Lunatic asylums Central Provinces reports 1910-1926 - 1910-1926
Year: 1910
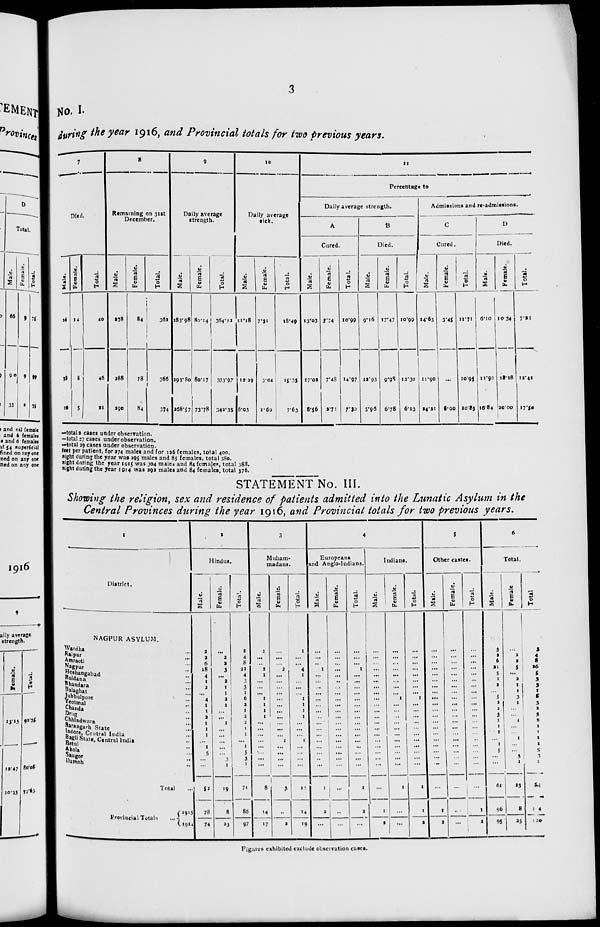
3
No. I.
during the year 1916, and Provincial totals for two previous years.
7
Died.
Male.
26
38
16
Female.
14
8
5
Total.
40
46
21
8
Remaining on 31st
December.
Male.
278
288
290
Female.
84
78
84
Total.
362
366
374
9
Daily average
strength.
Male.
283.98
293.80
268.57
Female.
80.14
80.17
73.78
Total.
364.12
373.97
342.35
10
Daily average
sick.
Male.
11.18
12.29
6.03
Female.
7.31
3.04
1.60
Total.
18.49
15.35
7.63
11
Percentage to
Daily average strength.
A
Cured.
Male.
13.03
17.03
8.56
Female.
3.74
7.48
2.71
Total.
10.99
14.97
7.30
B
Died.
Male.
9.16
12.93
5.96
Female.
17.47
9.98
6.78
Total.
10.99
12.30
6.13
Admissions and re-admissions.
C
Cured.
Male.
14.63
11.90
24.21
Female.
3.45
...
8.00
Total.
11.71
10.95
20.83
D
Died.
Male.
6.10
11.90
16.84
Female.
10.34
18.18
20.00
Total.
7.21
12.41
17.50
—totals cases under obseveration.
—total 27 cases under observation.
—total 29 cases under observation.
feet per patient, for 274 males and for 126 females, total 400.
night during the year was 295 males and 85 females, total 380.
sight daring the year 1915 was 304 males and 84 females, total 388.
night during the year 1914 was 292 males and 84 females, total 376.
STATEMENT No. III.
Showing the religion, sex and residence of patients admitted into the Lunatic Asylum in the
Central Provinces during the year 1916, and Provincial totals for two previous years.
1
District.
NAGPUR ASYLUM.
Wardha ...
Raipur ...
Amraoti ...
Nagpur ...
Hoshangabad ...
Buldana ...
Bhandara ...
Balaghat ...
Jubbulpore ...
Yeotmal ...
Chanda ...
Drug ...
Chhindwara ...
Sarangarh State ...
Indore, Central India ...
Bagli State, Central India ...
Betul ...
Akola ...
Saugor ...
Damoh ...
Total ...
Provincial Totals
...
1915
1914
2
Hindus.
Male.
2
2
6
18
4
1
2 ...
4
1
1
2
1
1
1
...
1
5
...
...
52
78
74
Female.
...
2
2
3
...
2
1
1
2
1
...
...
1
...
...
...
...
...
3
1
19
8
23
Total.
2
4
8
21
4
3
3
1
6
2
1
2
2
1
1
...
1
5
3
1
71
86
97
3
Muham-
madans.
Male.
1
...
...
2
1
...
...
...
1
1
1
1
...
...
...
...
...
...
...
...
8
14
17
Female.
...
...
...
2
...
...
...
...
...
...
...
...
...
...
...
1
...
...
...
...
3
...
2
Total.
1
...
...
4
1
...
...
...
1
1
1
1
...
...
...
1
...
...
...
...
11
14
19
4
Europeans
and Anglo-Indians.
Male.
...
...
..
1
...
...
...
...
...
...
...
...
...
...
...
...
...
...
..
...
1
2
...
Female.
...
...
...
...
...
...
...
...
...
...
...
...
...
...
...
...
...
...
...
...
...
...
...
Total.
...
...
...
1
...
...
...
...
...
...
...
...
...
...
...
...
...
...
...
...
1
2
...
Indians.
Male.
...
...
... ...
...
...
...
...
...
...
...
...
...
...
...
...
...
...
...
...
...
1
2
Female.
...
...
...
...
...
...
...
...
1
...
...
...
...
...
...
...
...
...
...
...
1
...
...
Total.
...
...
...
...
...
...
...
...
1
...
...
...
...
...
...
...
...
...
...
...
1
1
2
5
Other castes.
Male.
...
...
...
...
...
...
...
...
...
...
...
...
...
...
...
...
...
...
...
...
...
1
2
Female.
...
...
...
...
...
...
...
...
...
...
...
...
...
...
...
...
...
...
...
...
...
...
...
Total.
...
...
...
...
...
...
...
...
...
...
...
...
...
...
...
...
...
...
...
...
...
1
2
6
Total.
Male.
3
2
6
21
5
1
2
...
5
2
2
3
1
1
1
...
1
5
...
...
61
96
95
Female.
...
2
2
5
...
2
1
1
3
1
...
...
1
...
...
l
...
...
3
1
23
8
25
Total.
3
4
8
26
5 3
3
1
8
3
2
3
2
1
1
1
1
5
3
1
84
104
120
Figures exhibited exclude observation cases.